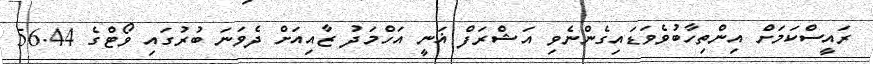
ރައީސްކަމަށް އިންތިހާބުވެވަޑައިގެންނެވި އަޝްރަފް ޣަނީ އަހްމަދު ޒާއިއަށް ދެވަނަ ބުރުގައި ވޯޓްގެ 56.44